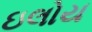
ઇલોય